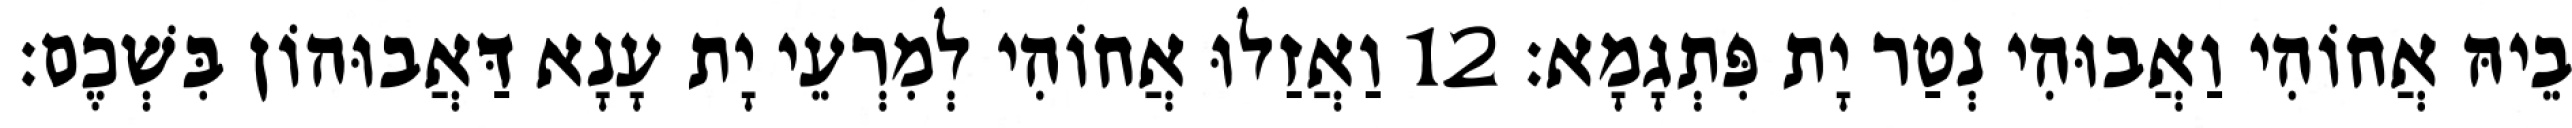
בֵיהּ אֲחוֹהִי וַאֲבוּהִי נְטַר יָת פִּתְגָמָא׃ 12 וַאֲזַלוּ אֲחוֹהִי לְמִרְעֵי יָת עָנָא דַּאֲבוּהוֹן בִּשְׁכֶם׃